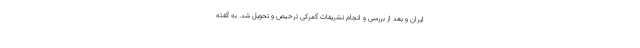
ایران و بعد از بررسی و انجام تشریفات گمرکی ترخیص و تحویل شد. به گفته